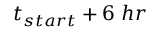
t _ { s t a r t } + 6 ~ h r